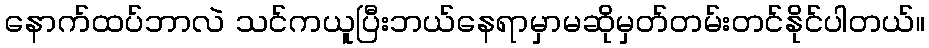
နောက်ထပ်ဘာလဲ သင်ကယူပြီးဘယ်နေရာမှာမဆိုမှတ်တမ်းတင်နိုင်ပါတယ်။